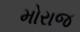
મોરાજ